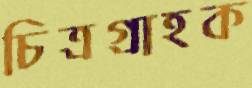
চিত্রগ্রাহক